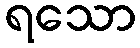
ရသော